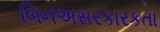
બિનઅસરકારકતા